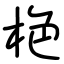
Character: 栬